Vaccination in Bombay 1924-1928 - 1924-1928
Year: 1924
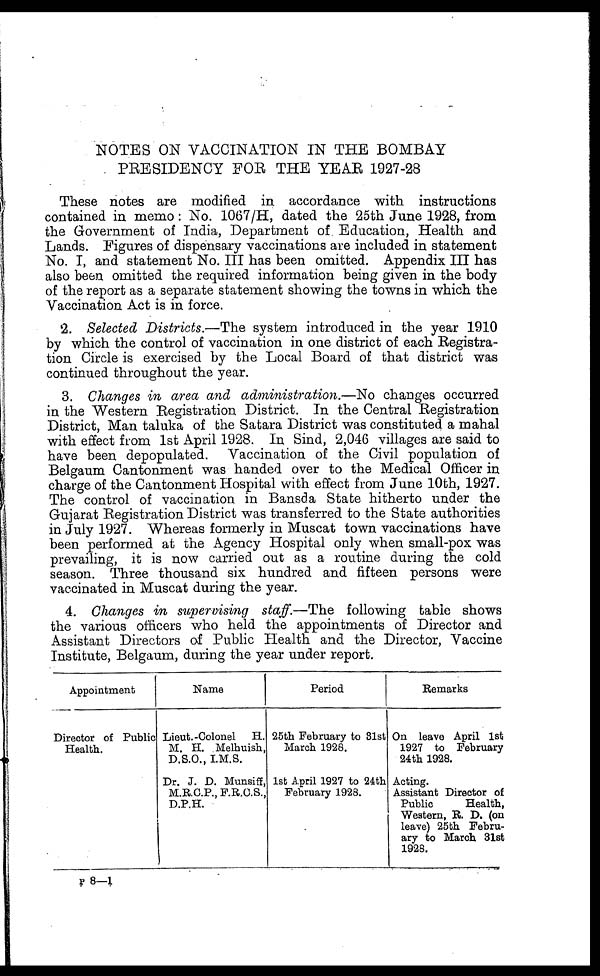
NOTES ON VACCINATION IN THE BOMBAY
PRESIDENCY FOR THE YEAR 1927-28
These notes are modified in accordance with instructions
contained in memo: No. 1067/H, dated the 25th June 1928, from
the Government of India, Department of. Education, Health and
Lands. Figures of dispensary vaccinations are included in statement
No. I, and statement No. III has been omitted. Appendix III has
also been omitted the required information being given in the body
of the report as a separate statement showing the towns in which the
Vaccination Act is in force.
2. Selected Districts.—The system introduced in the year 1910
by which the control of vaccination in one district of each Registra-
tion Circle is exercised by the Local Board of that district was
continued throughout the year.
3. Changes in area and administration.—No changes occurred
in the Western Registration District. In the Central Registration
District, Man taluka of the Satara District was constituted a mahal
with effect from 1st April 1928. In Sind, 2,046 villages are said to
have been depopulated. Vaccination of the Civil population of
Belgaum Cantonment was handed over to the Medical Officer in
charge of the Cantonment Hospital with effect from June 10th, 1927.
The control of vaccination in Bansda State hitherto under the
Gujarat Registration District was transferred to the State authorities
in July 1927. Whereas formerly in Muscat town vaccinations have
been performed at the Agency Hospital only when small-pox was
prevailing, it is now carried out as a routine during the cold
season. Three thousand six hundred and fifteen persons were
vaccinated in Muscat during the year.
4. Changes in supervising staff.—The following table shows
the various officers who held the appointments of Director and
Assistant Directors of Public Health and the Director, Vaccine
Institute, Belgaum, during the year under report.
Appointment
Director of Public
Health.
Name
Lieut.-Colonel
E.
M. H. Melhuish,
D.S.O., I.M.S.
Dr. J. D. Munsiff,
M.R.C.P., F.R.C.S.,
D.P.H.
Period
25th February to 31st
March 1928.
1st April 1927 to 24 th
February 1928.
Remarks
On leave April 1st
1927 to February
24th 1928.
Acting.
Assistant Director of
Public
Health,
Western, R. D. (on
leave) 25th Febru-
ary to March 31st
1928.
P 8—1